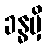
ခန္ဓမှိ